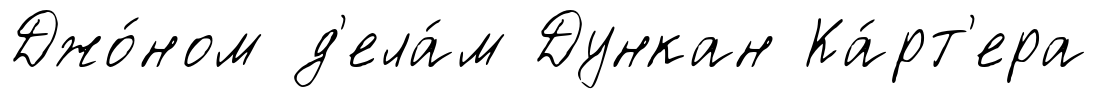
Джо́ном д'ела́м Дункан Ка́рт'ера